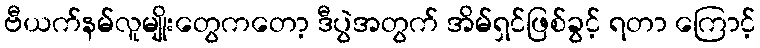
ဗီယက်နမ်လူမျိုးတွေကတော့ ဒီပွဲအတွက် အိမ်ရှင်ဖြစ်ခွင့် ရတာ ကြောင့်